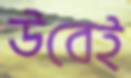
উবেই